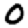
Digit: 0